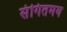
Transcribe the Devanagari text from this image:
संगितमय